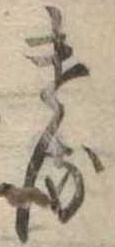
ける